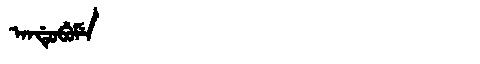
Manchu: ᠠᠨᡩᡠᠪᡠᠮᡝ
Romanization: ANDUBUME